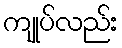
ကျုပ်လည်း